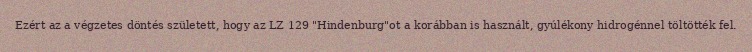
Ezért az a végzetes döntés született, hogy az LZ 129 "Hindenburg"ot a korábban is használt, gyúlékony hidrogénnel töltötték fel.